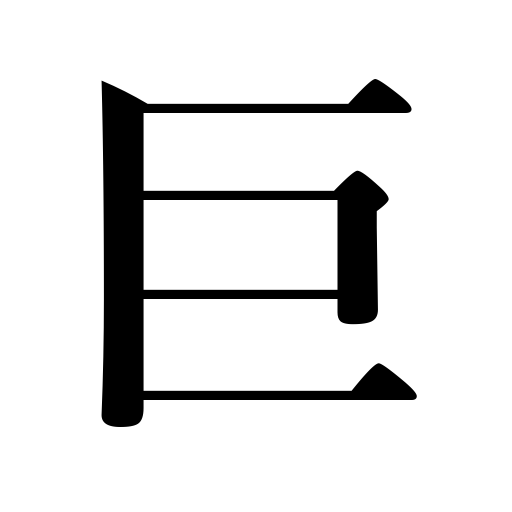
Meanings: big,great,large